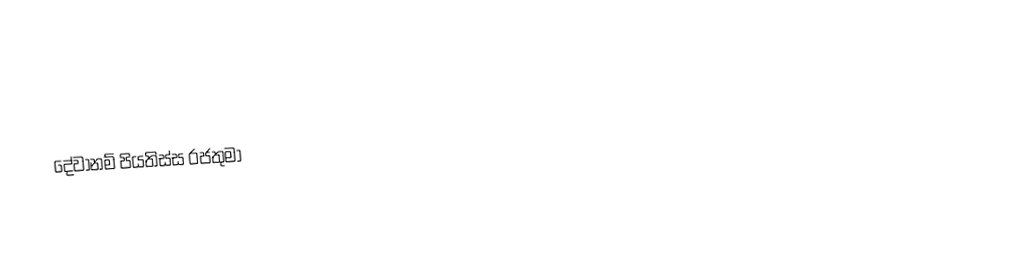
දේවානම් පියතිස්ස රජතුමා